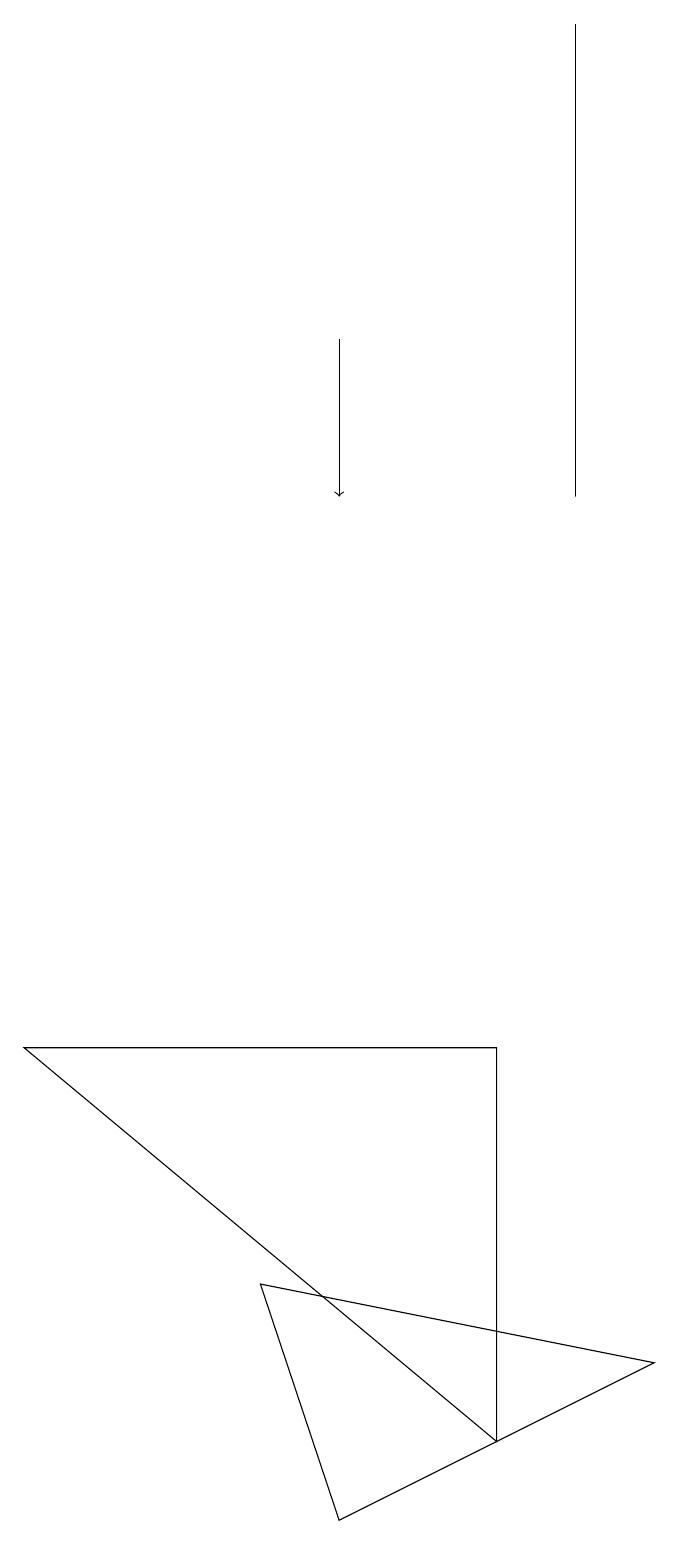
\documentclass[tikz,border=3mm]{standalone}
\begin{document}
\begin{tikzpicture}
\draw (7,13) rectangle (7,19);
\draw[->] (4,15) -- (4,13);
\draw (6,1) -- (6,6) -- (0,6) -- cycle;
\draw (3,3) -- (4,0) -- (8,2) -- cycle;
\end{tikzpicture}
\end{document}